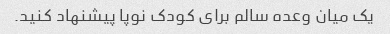
یک میان وعده سالم برای کودک نوپا پیشنهاد کنید.